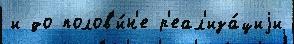
и до полов'и́н'е р'еал'иза́циjи